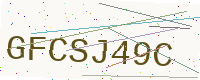
Text: GFCSJ49C